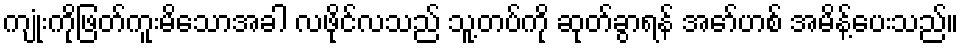
ကျုံးကိုဖြတ်ကူးမိသောအခါ လဖိုင်လသည် သူ့တပ်ကို ဆုတ်ခွာရန် အော်ဟစ် အမိန့်ပေးသည်။